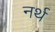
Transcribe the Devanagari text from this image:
नर्थ